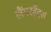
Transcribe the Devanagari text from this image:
लैंगरहैंड्स